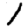
Digit: 1